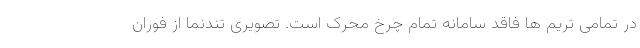
در تمامی تریم ها فاقد سامانه تمام چرخ محرک است. تصویری تندنما از فوران